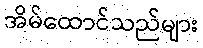
အိမ်ထောင်သည်များ